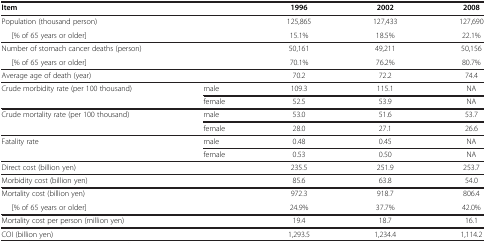
<table><thead><tr><td><b>Item</b></td><td><b> </b></td><td><b>1996</b></td><td><b>2002</b></td><td><b>2008</b></td></tr></thead><tbody><tr><td>Population (thousand person)</td><td> </td><td>125,865</td><td>127,433</td><td>127,690</td></tr><tr><td>[% of 65 years or older]</td><td> </td><td>15.1%</td><td>18.5%</td><td>22.1%</td></tr><tr><td>Number of stomach cancer deaths (person)</td><td> </td><td>50,161</td><td>49,211</td><td>50,156</td></tr><tr><td>[% of 65 years or older]</td><td> </td><td>70.1%</td><td>76.2%</td><td>80.7%</td></tr><tr><td>Average age of death (year)</td><td> </td><td>70.2</td><td>72.2</td><td>74.4</td></tr><tr><td rowspan="2">Crude morbidity rate (per 100 thousand)</td><td>male</td><td>109.3</td><td>115.1</td><td>NA</td></tr><tr><td>female</td><td>52.5</td><td>53.9</td><td>NA</td></tr><tr><td rowspan="2">Crude mortality rate (per 100 thousand)</td><td>male</td><td>53.0</td><td>51.6</td><td>53.7</td></tr><tr><td>female</td><td>28.0</td><td>27.1</td><td>26.6</td></tr><tr><td rowspan="2">Fatality rate</td><td>male</td><td>0.48</td><td>0.45</td><td>NA</td></tr><tr><td>female</td><td>0.53</td><td>0.50</td><td>NA</td></tr><tr><td>Direct cost (billion yen)</td><td> </td><td>235.5</td><td>251.9</td><td>253.7</td></tr><tr><td>Morbidity cost (billion yen)</td><td> </td><td>85.6</td><td>63.8</td><td>54.0</td></tr><tr><td>Mortality cost (billion yen)</td><td> </td><td>972.3</td><td>918.7</td><td>806.4</td></tr><tr><td>[% of 65 years or older]</td><td> </td><td>24.9%</td><td>37.7%</td><td>42.0%</td></tr><tr><td>Mortality cost per person (million yen)</td><td> </td><td>19.4</td><td>18.7</td><td>16.1</td></tr><tr><td>COI (billion yen)</td><td> </td><td>1,293.5</td><td>1,234.4</td><td>1,114.2</td></tr></tbody></table>